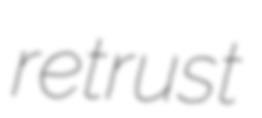
retrust